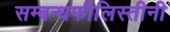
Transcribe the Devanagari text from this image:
सम्बन्धफीलिस्तीनी